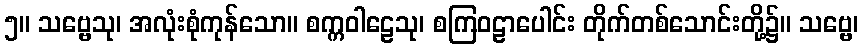
၅။ သဗ္ဗေသု၊ အလုံးစုံကုန်သော။ စက္ကဝါဠေသု၊ စကြဝဠာပေါင်း တိုက်တစ်သောင်းတို့၌။ သဗ္ဗေ၊